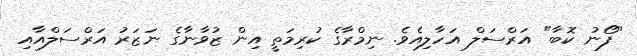
"ފޯނު ކޮބާ" އަރްސަލް އަހާލިއެވެ. ނިމްރާގެ ކުރިމަތީ އިން ޒުވާނާގެ ނަޒަރު އަރްސަލްއާއި